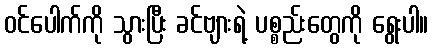
ဝင်ပေါက်ကို သွားပြီး ခင်ဗျားရဲ့ ပစ္စည်းတွေကို ရွေးပါ။